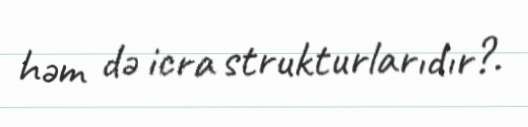
həm də icra strukturlarıdır?.